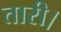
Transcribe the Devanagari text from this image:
तारी।